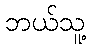
ဘယ်သူ့